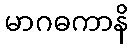
မာဂဓကာနိ